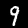
Digit: 9